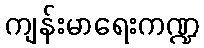
ကျန်းမာရေးကဏ္ဍ